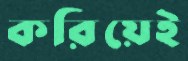
করিয়েই